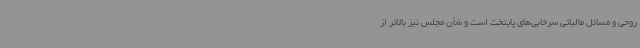
روحی و مسائل مالیاتی سرخابی‌های پایتخت است و شأن مجلس نیز بالاتر از